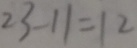
2 3 - 1 1 = 1 2